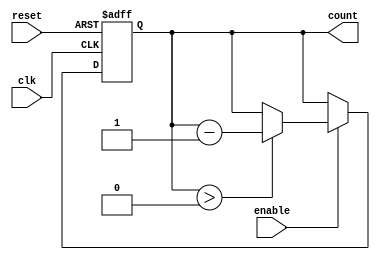
module MemoryBlocksDownCounter #(
    parameter COUNTER_WIDTH = 4, // Define the width of the counter (e.g., 4 bits)
    parameter INITIAL_VALUE = 15  // Define the initial value for the counter
)(
    input wire clk,               // Clock signal
    input wire reset,             // Asynchronous reset signal
    input wire enable,            // Control signal to enable counting
    output reg [COUNTER_WIDTH-1:0] count // Current value of the counter
);

// Always block that describes the counter behavior
always @(posedge clk or posedge reset) begin
    if (reset) begin
        // Load the initial value on reset
        count <= INITIAL_VALUE;
    end else if (enable) begin
        // Decrement the counter if enabled
        if (count > 0) begin
            count <= count - 1;
        end
    end
    // If reset is not asserted and enable is low, do nothing (hold current value)
end

endmodule